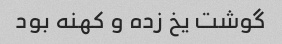
گوشت یخ زده و کهنه بود